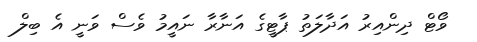
ވޯޓް ދިންއިރު އަދާލަތު ޕާޓީގެ އަނާރާ ނައީމު ވެސް ވަނީ އެ ބިލް